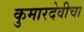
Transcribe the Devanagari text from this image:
कुमारदेवीचा